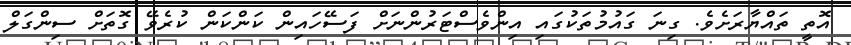
އޮތީ ތައްޔާރަށެވެ. ގިނަ ގައުމުތަކުގައި އިންވެސްޓަރުންނަށް ފަސޭހައިން ކަންކަން ކުރެވޭ ގޮތަށް ސިންގަލް